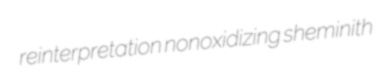
reinterpretation nonoxidizing sheminith